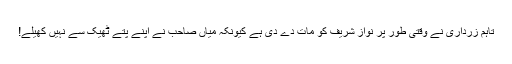
تاہم زرداری نے وقتی طور پر نواز شریف کو مات دے دی ہے کیونکہ میاں صاحب نے اپنے پتے ٹھیک سے نہیں کھیلے!